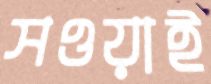
সওয়াই